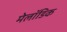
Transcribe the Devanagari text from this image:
मेलॉडिक